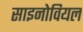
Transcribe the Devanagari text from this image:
साइनोवियल